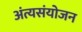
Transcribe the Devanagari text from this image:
अंत्यसंयोजन